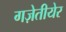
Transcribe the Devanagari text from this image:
गज़ेतीयेर